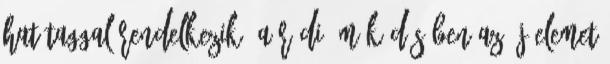
hat taggal rendelkezik. A rádió működésében az új elemet